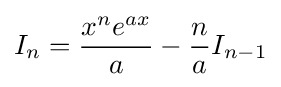
I_{n}={\frac {x^{n}e^{ax}}{a}}-{\frac {n}{a}}I_{n-1}\,\!